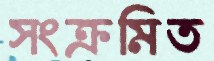
সংক্রমিত